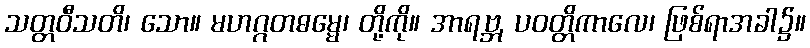
သတ္တဝီသတိ၊ သော။ မဟဂ္ဂတဓမ္မေ၊ တို့ကို။ အာရဗ္ဘ, ပဝတ္တိကာလေ၊ ဖြစ်ရာအခါ၌။